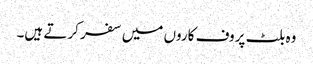
وہ بلٹ پروف کاروں میں سفر کرتے ہیں۔